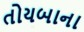
તોયબાના